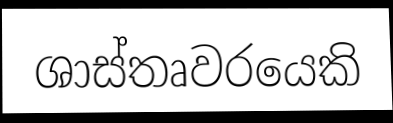
ශාස්තෘවරයෙකි